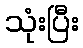
သုံးပြီး